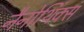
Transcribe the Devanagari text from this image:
नैनोथिंक्स